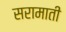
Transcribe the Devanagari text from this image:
सरामाती